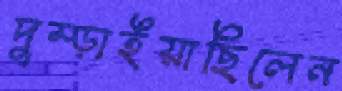
দুম্‌ড়াইয়াছিলেন